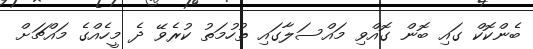
ބެންކޮކް ގައި ބޮން ގޮއްވި މައްސަލާގައި ތުހުމަތު ކުރެވޭ ދެ މީހެއްގެ މައްޗަށް